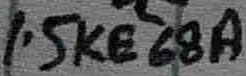
Text: 1.5KE68A